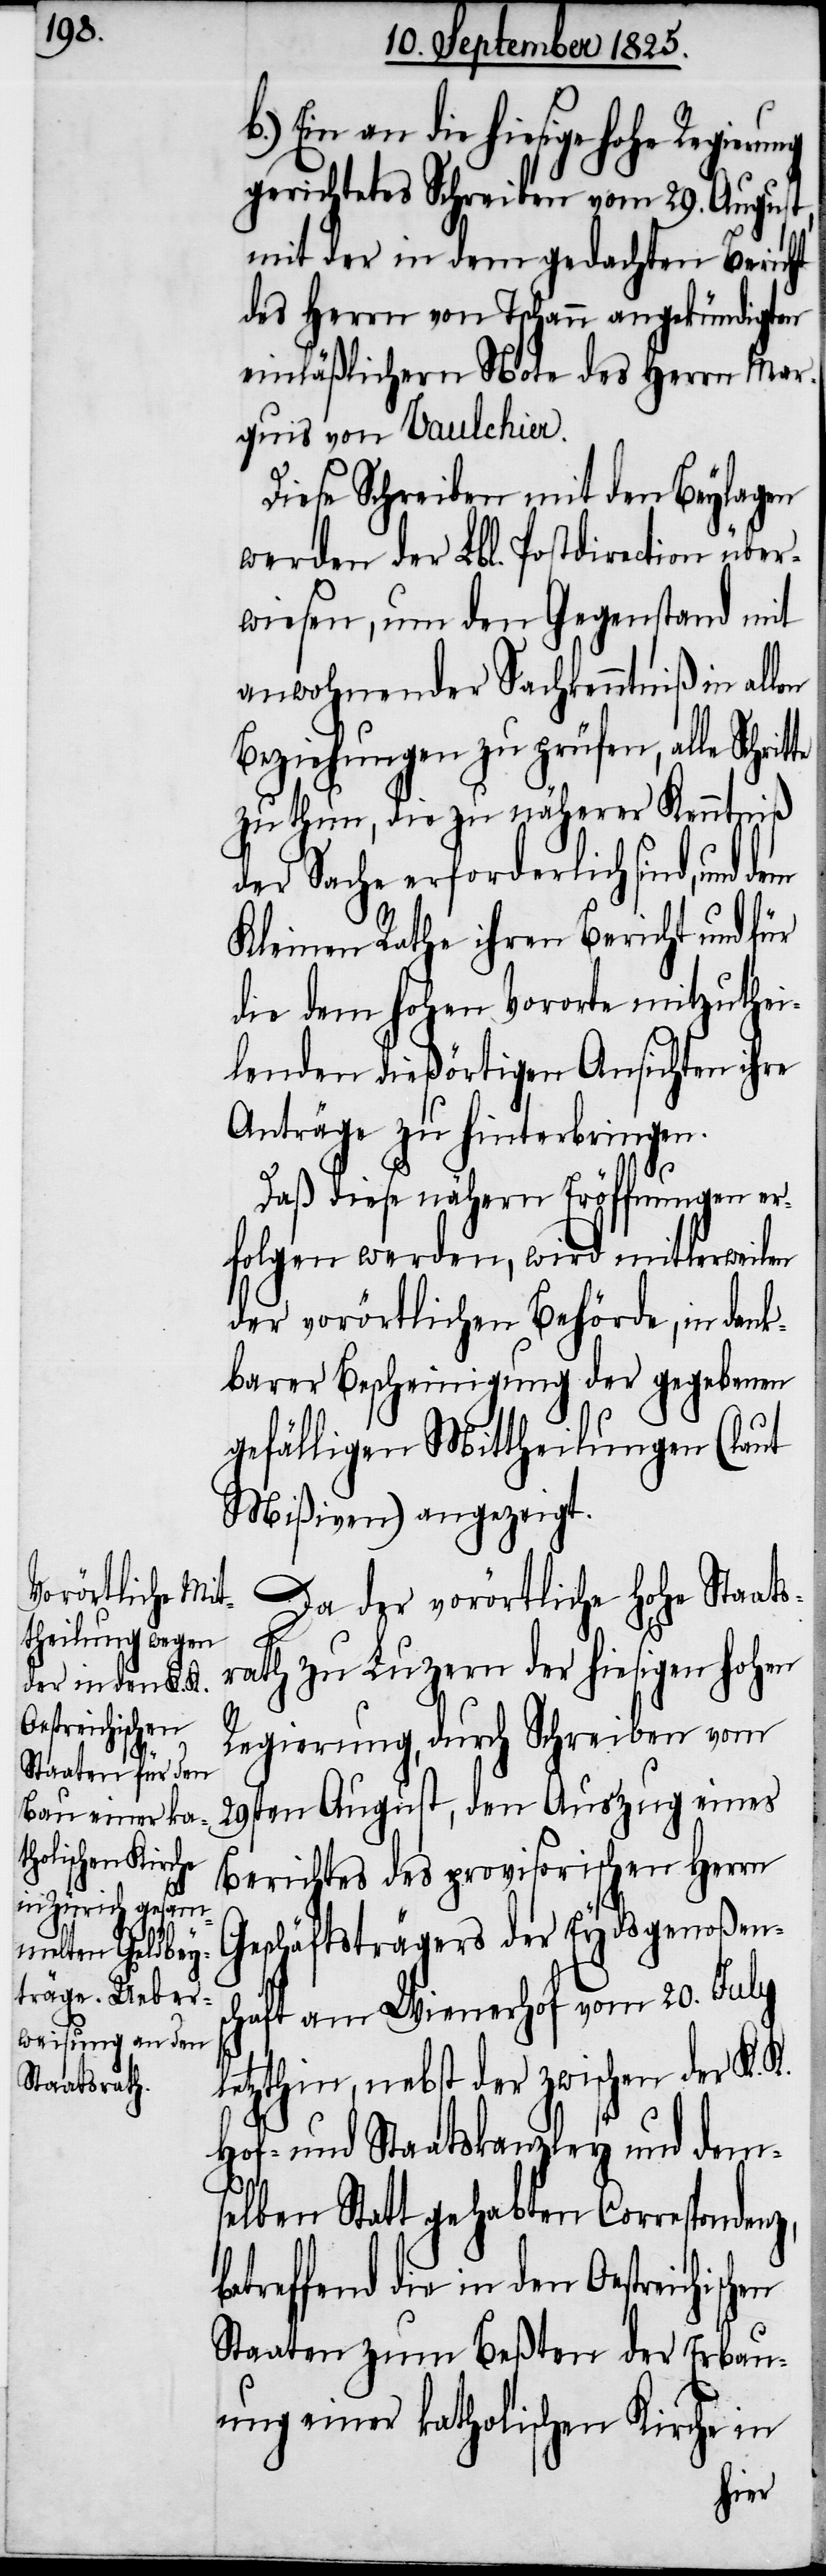
die in den Oestreichischen
gerichtetes Schreiben vom 29. August,
mit der in dem gedachten Bericht
des Herrn von Tschann angekündigten
einläßlichern Note des Herrn Mar¬
quis von Vaulchier.
Diese Schreiben mit den Beylagen
werden der Lbl. Postdirection über¬
wiesen, um den Gegenstand mit
anwohnender Sachkenntniß in allen
Beziehungen zu prüfen, alle
zu thun, die zu näherer Kenntniß
der Sache erforderlich sind,
Kleinen Rathe ihren Bericht und für
die dem hohen Vororte mitzuthei¬
lenden dießörtigen Ansichten ihre
Anträge zu hinterbringen.
Daß diese nähern Eröffnungen er¬
folgen werden, wird mittlerweile
der vorörtlichen Behörde, in denk¬
barer Bescheinigung der gegebenen
gefälligen Mittheilungen (laut
Mißiven) angezeigt.
Da der vorörtliche hohe Staats¬
rath zu Luzern der hiesigen hohen
Regierung, durch Schreiben vom
29sten August, den Auszug eines
Berichtes des provisorischen Herrn
Geschäftsträgers der Eydsgenoßens¬
chaft am Wienerhof vom 20. July
letzthin, nebst der zwischen der K. K.
Hof- und Staatskanzley und dem¬
selben Statt gehabten Correspondenz,
Staaten zum Beßten der Erbau¬
ung einer katholischen Kirche in